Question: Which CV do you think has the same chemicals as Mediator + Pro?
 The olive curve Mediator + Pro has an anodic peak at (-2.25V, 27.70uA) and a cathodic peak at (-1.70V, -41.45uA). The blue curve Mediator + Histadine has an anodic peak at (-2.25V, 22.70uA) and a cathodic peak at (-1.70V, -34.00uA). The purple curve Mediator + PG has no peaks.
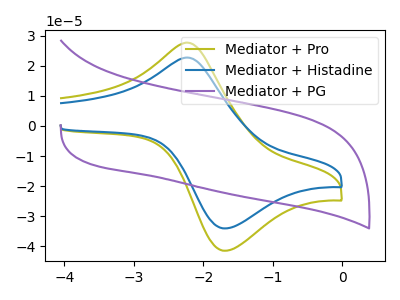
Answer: <think>All the peaks in "Mediator + Pro" have a peak in "Mediator + Histadine" at the same potential. Every peak in "Mediator + Pro" is higher than every peak in "Mediator + Histadine". "Mediator + Pro" and "Mediator + PG" have a different number of peaks. "Mediator + Histadine" and "Mediator + PG" have a different number of peaks.
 </think>
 <answer>The CV with the most similar shape to "Mediator + Histadine" is "Mediator + Pro".</answer>
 <eval>"Mediator + Pro"</eval>